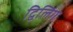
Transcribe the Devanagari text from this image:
द्विलिंग